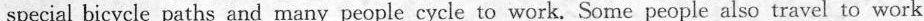
special bicycle paths and many people cycle to work. Some people also travel to work